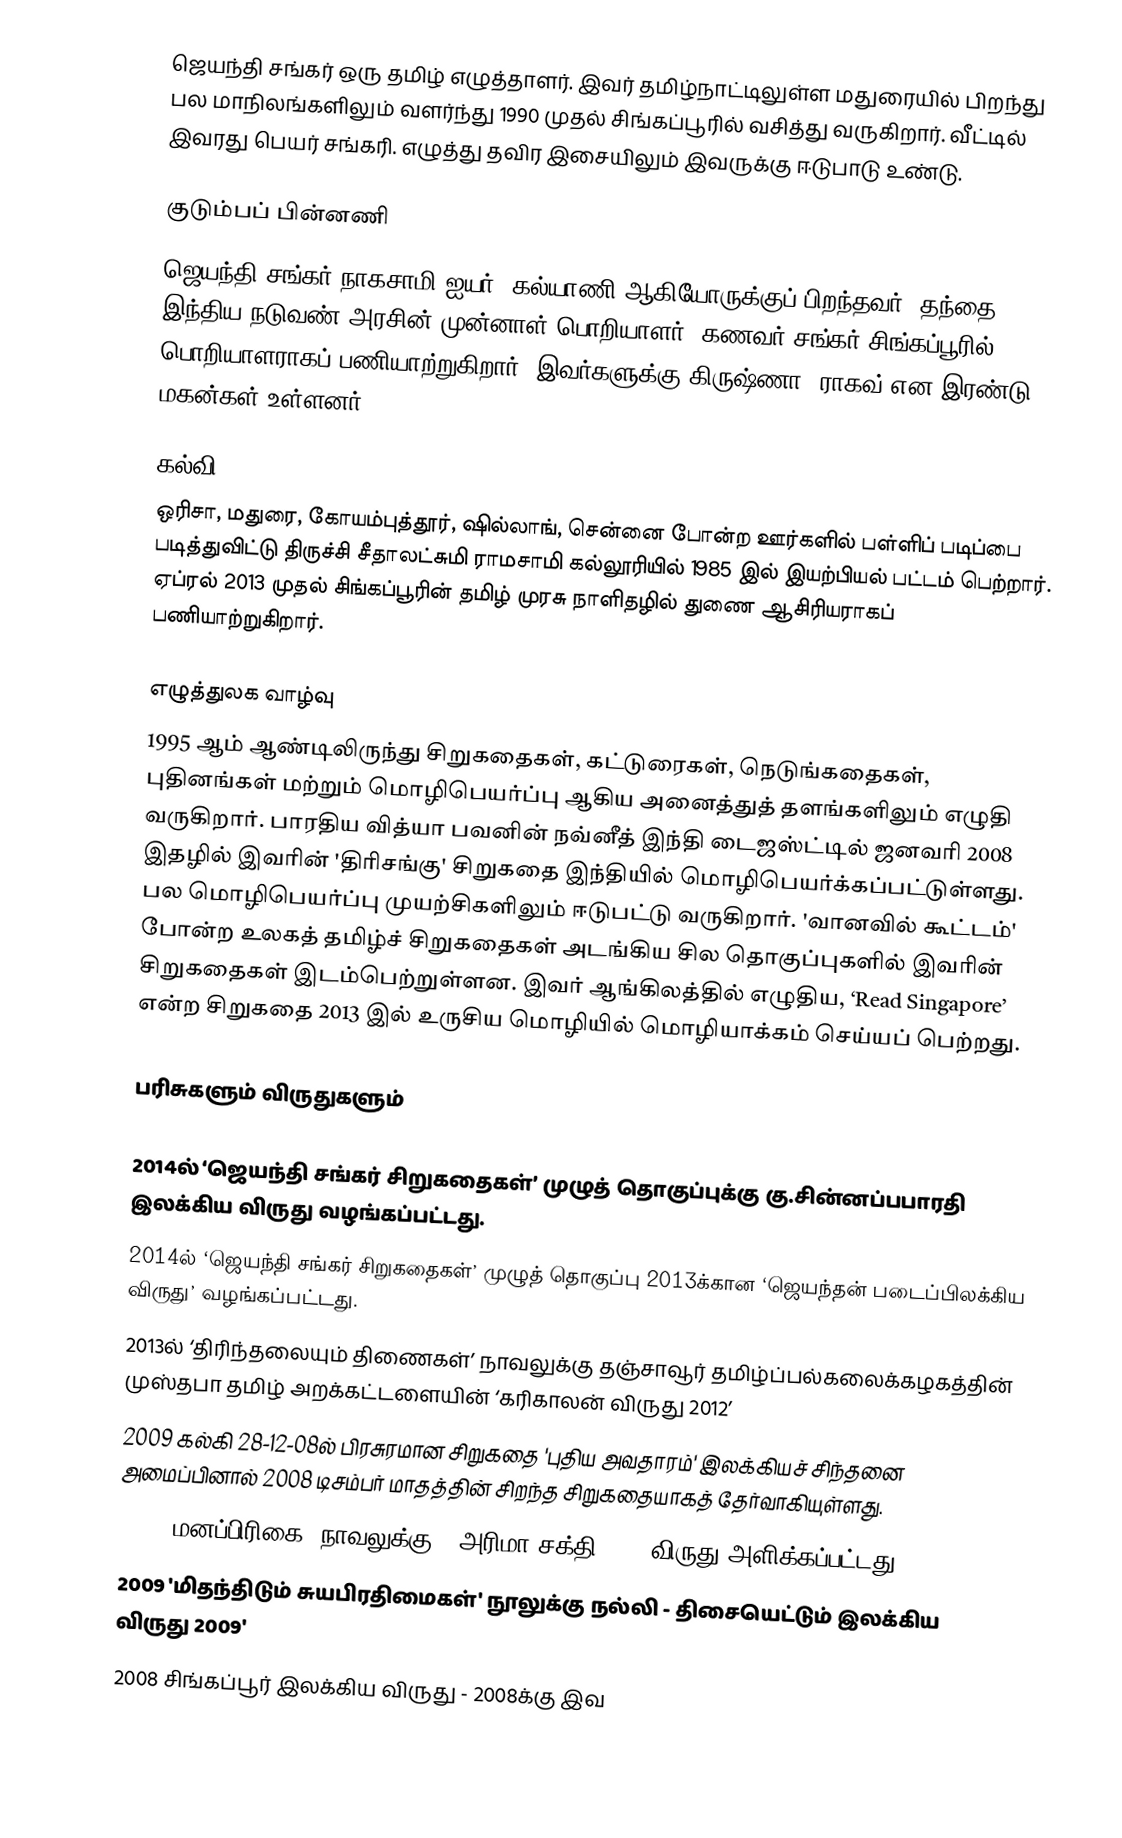
ஜெயந்தி சங்கர் ஒரு தமிழ் எழுத்தாளர். இவர் தமிழ்நாட்டிலுள்ள மதுரையில் பிறந்து பல மாநிலங்களிலும் வளர்ந்து 1990 முதல் சிங்கப்பூரில் வசித்து வருகிறார். வீட்டில் இவரது பெயர் சங்கரி. எழுத்து தவிர இசையிலும் இவருக்கு ஈடுபாடு உண்டு.

குடும்பப் பின்னணி
ஜெயந்தி சங்கர் நாகசாமி ஐயர், கல்யாணி ஆகியோருக்குப் பிறந்தவர். தந்தை இந்திய நடுவண் அரசின் முன்னாள் பொறியாளர். கணவர் சங்கர் சிங்கப்பூரில் பொறியாளராகப் பணியாற்றுகிறார். இவர்களுக்கு கிருஷ்ணா, ராகவ் என இரண்டு மகன்கள் உள்ளனர்.

கல்வி
ஒரிசா, மதுரை, கோயம்புத்தூர், ஷில்லாங், சென்னை போன்ற ஊர்களில் பள்ளிப் படிப்பை படித்துவிட்டு திருச்சி சீதாலட்சுமி ராமசாமி கல்லூரியில் 1985 இல் இயற்பியல் பட்டம் பெற்றார். ஏப்ரல் 2013 முதல் சிங்கப்பூரின் தமிழ் முரசு நாளிதழில் துணை ஆசிரியராகப் பணியாற்றுகிறார்.

எழுத்துலக வாழ்வு
1995 ஆம் ஆண்டிலிருந்து சிறுகதைகள், கட்டுரைகள், நெடுங்கதைகள், புதினங்கள் மற்றும் மொழிபெயர்ப்பு ஆகிய அனைத்துத் தளங்களிலும் எழுதி வருகிறார். பாரதிய வித்யா பவனின் நவ்னீத் இந்தி டைஜஸ்ட்டில் ஜனவரி 2008 இதழில் இவரின் 'திரிசங்கு' சிறுகதை இந்தியில் மொழிபெயர்க்கப்பட்டுள்ளது. பல மொழிபெயர்ப்பு முயற்சிகளிலும் ஈடுபட்டு வருகிறார். 'வானவில் கூட்டம்' போன்ற உலகத் தமிழ்ச் சிறுகதைகள் அடங்கிய சில தொகுப்புகளில் இவரின் சிறுகதைகள் இடம்பெற்றுள்ளன. இவர் ஆங்கிலத்தில் எழுதிய, ‘Read Singapore’ என்ற சிறுகதை 2013 இல் உருசிய மொழியில் மொழியாக்கம் செய்யப் பெற்றது.

பரிசுகளும் விருதுகளும்

 2014ல் ‘ஜெயந்தி சங்கர் சிறுகதைகள்’ முழுத் தொகுப்புக்கு கு.சின்னப்பபாரதி இலக்கிய விருது வழங்கப்பட்டது.
 2014ல் ‘ஜெயந்தி சங்கர் சிறுகதைகள்’ முழுத் தொகுப்பு  2013க்கான ‘ஜெயந்தன் படைப்பிலக்கிய விருது’ வழங்கப்பட்டது.
 2013ல் ‘திரிந்தலையும் திணைகள்’ நாவலுக்கு தஞ்சாவூர் தமிழ்ப்பல்கலைக்கழகத்தின் முஸ்தபா தமிழ் அறக்கட்டளையின்  ‘கரிகாலன் விருது 2012’
 2009 கல்கி 28-12-08ல் பிரசுரமான சிறுகதை 'புதிய அவதாரம்' இலக்கியச் சிந்தனை அமைப்பினால் 2008 டிசம்பர் மாதத்தின் சிறந்த சிறுகதையாகத் தேர்வாகியுள்ளது.
 2009 'மனப்பிரிகை' நாவலுக்கு - அரிமா சக்தி 2008 விருது அளிக்கப்பட்டது.
 2009 'மிதந்திடும் சுயபிரதிமைகள்' நூலுக்கு நல்லி - திசையெட்டும் இலக்கிய விருது 2009'
 2008 சிங்கப்பூர் இலக்கிய விருது - 2008க்கு இவ